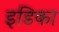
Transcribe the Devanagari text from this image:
इडिका